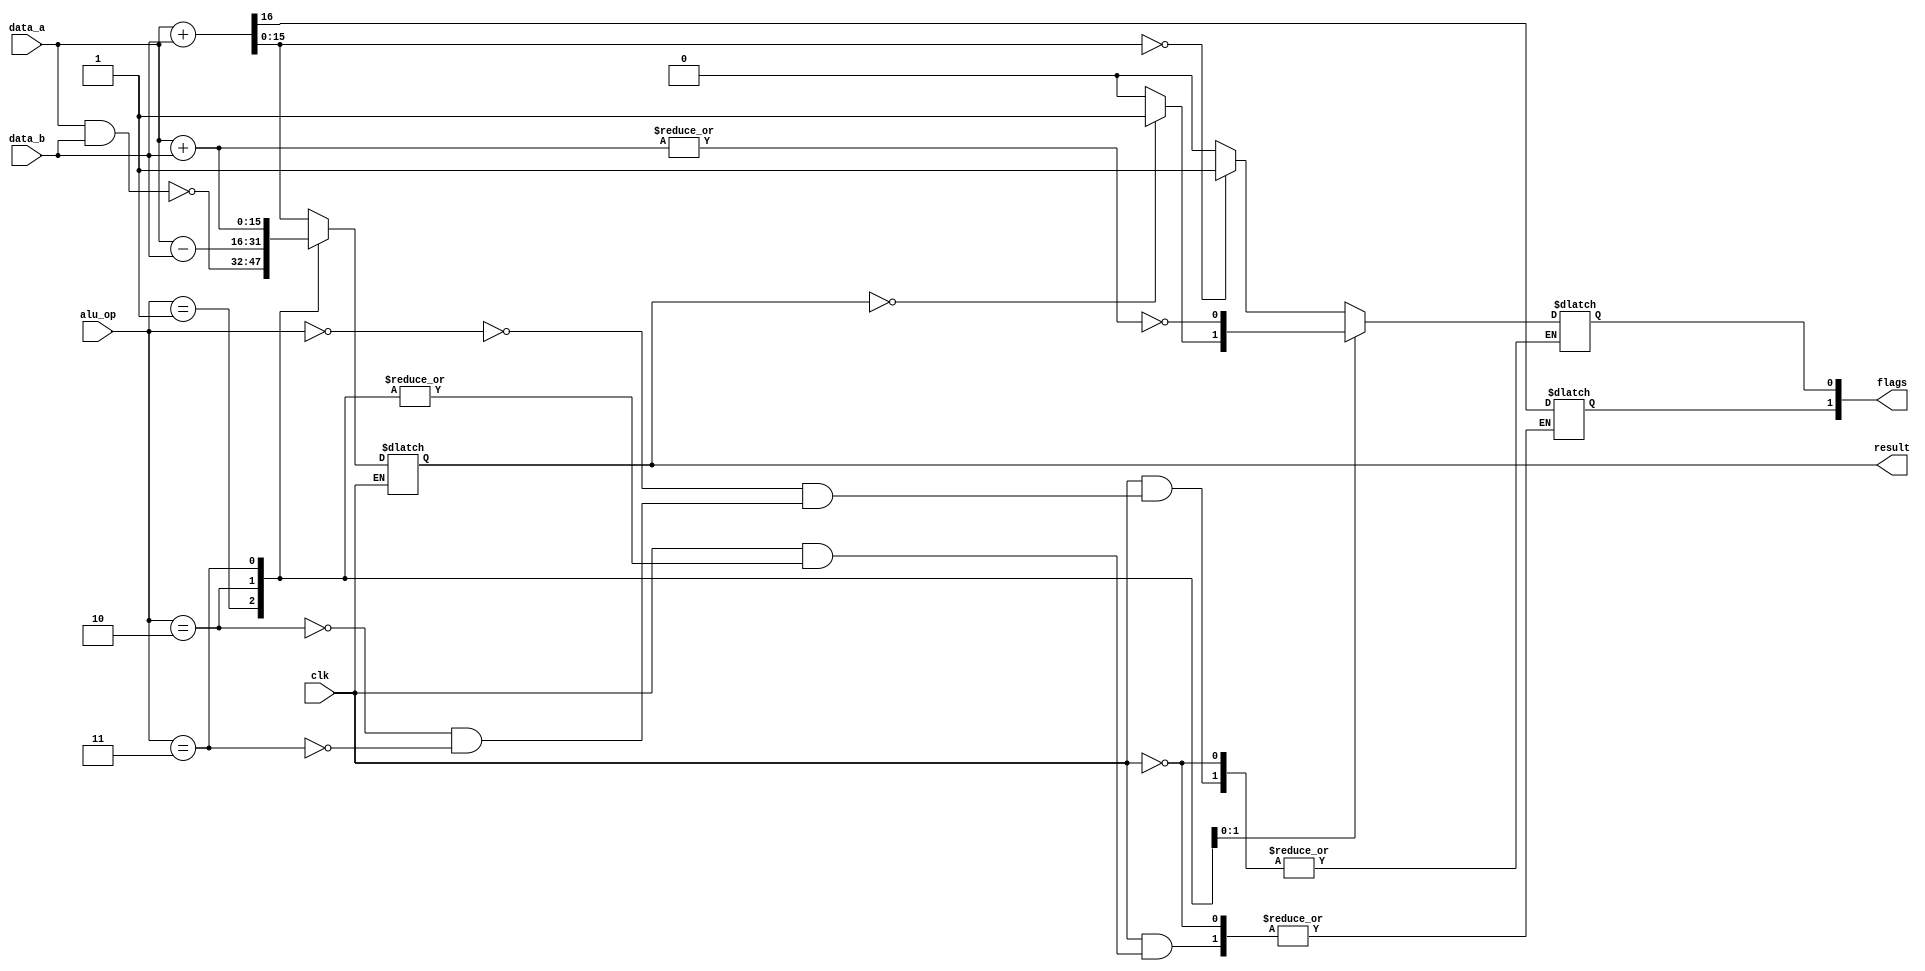
`timescale 1ns/1ns
module alu(clk,alu_op,data_a,data_b,
				result,flags);

input wire clk;
input wire[1:0] alu_op;
input wire[15:0] data_a,data_b;

output reg[15:0] result;
output reg[1:0] flags;				//2nd bit for carry, 1st bit for zero

parameter add_a=2'b00,				//add for arthematic operation
			nda=2'b01,					//nand
			eq=2'b10,					//operation for equal
			add_m=2'b11;			// add for memory operation

initial begin
flags<=2'b00;
end
			
always @* begin
	if(clk) begin
		case(alu_op) 
			add_a: begin
						{flags[1],result}=data_a+data_b;
						flags[0]<=(result==0)?1:0;
					end
			nda:	begin
						result=~(data_a & data_b);
					end
			eq:	begin
						flags[0]<=(result==0)?1:0;
						result<=data_a-data_b;
					end
			add_m: begin
						result=data_a+data_b;
						flags[0]<=~|result;
					end
			
		endcase
	end
end


endmodule

module alu_tb();
reg clk;
reg [1:0] alu_op;
reg [15:0] data_a,data_b;

wire[15:0] result;
wire[1:0] flags;


alu a(clk,alu_op,data_a,data_b,result,flags);

always #5 clk=~clk;

initial begin
	clk=0;
	alu_op=3'b010;
	data_a<=3;
	data_b<=3;
end
endmodule